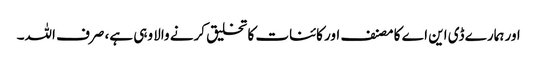
اور ہمارے ڈی این اے کا مصنف اور کائنات کا تخلیق کرنے والا وہی ہے، صرف اللہ۔